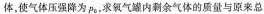
体，使气体压强降为p_{0}，求氧气罐内剩余气体的质量与原来总